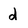
Character: d